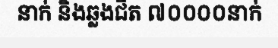
នាក់ និងឆ្លងជិត ៧០០០០នាក់